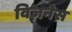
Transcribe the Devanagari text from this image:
विज़नेस